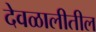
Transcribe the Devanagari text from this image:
देवळालीतील